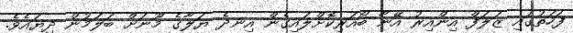
ފަހަތުގައި ޒަލަފް އިންއިރު އޭނާ ބޯއަރިކޮށްލައިގެން އިނދެ ޔަލާގެ މޫނަށް ބަލަމުން ދިޔައެވެ.